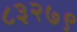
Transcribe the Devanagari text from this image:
८३२७९